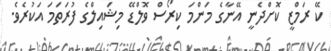
ކޭ ރަމްޒީ ކޮށްދެނީ އޭނާގެ މަންމަ ކިރޯސް ވޮލްޑޭ މިޝައިލްގެ ފުރަތަމަ އަކުރެވެ.